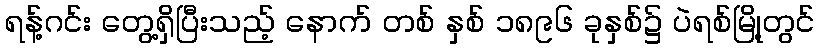
ရန့်ဂင်း တွေ့ရှိပြီးသည့် နောက် တစ် နှစ် ၁၈၉၆ ခုနှစ်၌ ပဲရစ်မြို့တွင်